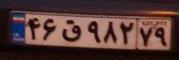
۴۶ق۹۸۲۷۹